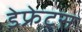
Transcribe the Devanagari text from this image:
डेफ्रेटस